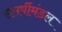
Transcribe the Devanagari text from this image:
सप्तर्षीमंडल